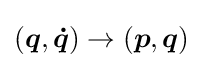
({\boldsymbol {q}},{\boldsymbol {\dot {q}}})\to \left({\boldsymbol {p}},{\boldsymbol {q}}\right)